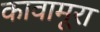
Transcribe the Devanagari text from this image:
कावामूरा